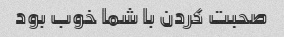
صحبت کردن با شما خوب بود